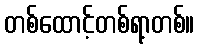
တစ်ထောင့်တစ်ရာ့တစ်။